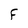
Character: F